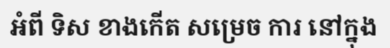
អំពី ទិស ខាងកើត សម្រេច ការ នៅក្នុង